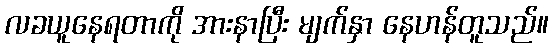
လခယူနေရတာကို အားနာပြီး မျက်နှာ နေဟန်တူသည်။